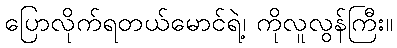
ပြောလိုက်ရတယ်မောင်ရဲ့၊ ကိုလူလွန်ကြီး။